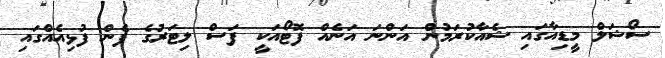
ސޯޝަލް މީޑިއާގައި ޝެއާކުރަމުން އަންނަ އަނެއް ފޮޓޯއަކީ ފަސް ލިޓަރުގެ ފެން ފުޅިއެއްގައި